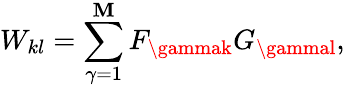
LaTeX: W_{kl}=\sum_{\gamma=1}^{\mathbf{M}}F_{\gammak}G_{\gammal},